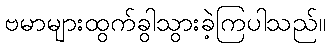
ဗမာများထွက်ခွါသွားခဲ့ကြပါသည်။